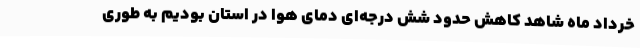
خرداد ماه شاهد کاهش حدود شش درجه‌ای دمای هوا در استان بودیم به طوری